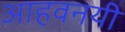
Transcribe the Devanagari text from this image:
आहवनयी